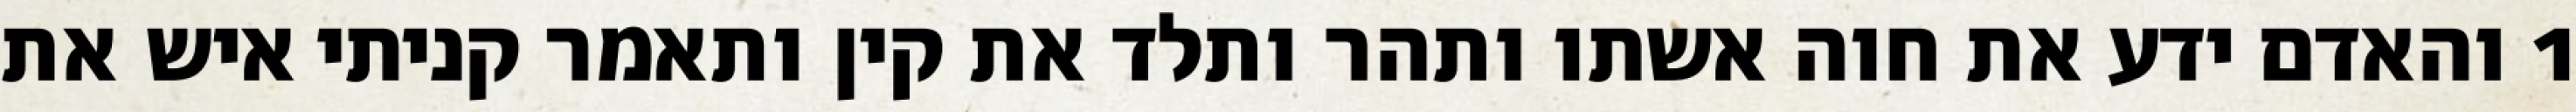
1 והאדם ידע את חוה אשתו ותהר ותלד את קין ותאמר קניתי איש את